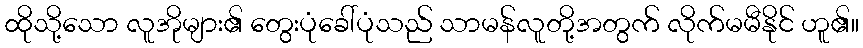
ထိုသို့သော လူအိုများ၏ တွေးပုံခေါ်ပုံသည် သာမန်လူတို့အတွက် လိုက်မမီနိုင် ဟူ၏။